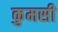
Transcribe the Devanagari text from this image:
कुमसी